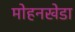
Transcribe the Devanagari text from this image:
मोहनखेडा